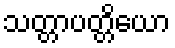
သတ္တာပတ္တိယော